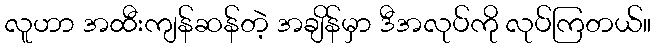
လူဟာ အထီးကျန်ဆန်တဲ့ အချိန်မှာ ဒီအလုပ်ကို လုပ်ကြတယ်။